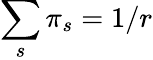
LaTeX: \sum_{s}\pi_{s}=1/r